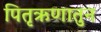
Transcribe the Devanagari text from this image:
पितृऋणातुन